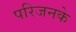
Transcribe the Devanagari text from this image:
परिजनके